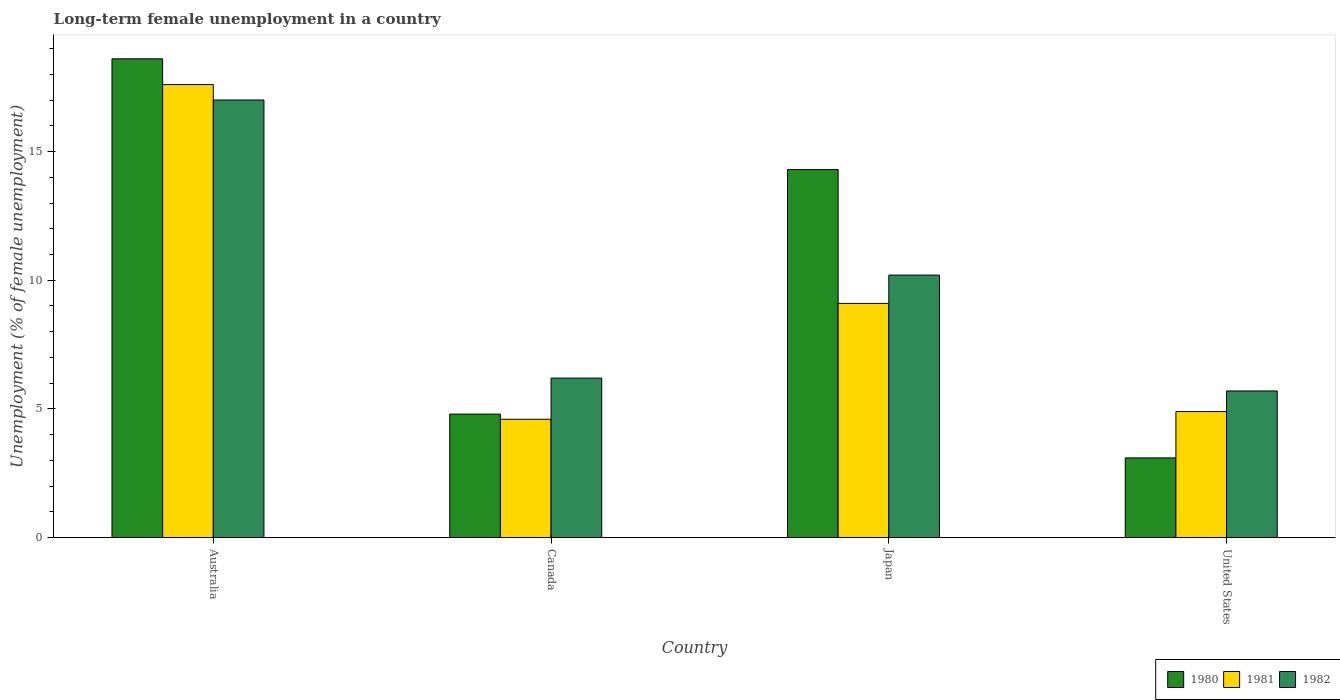
| Country | 1980 | 1981 | 1982 |
 | --- | --- | --- | --- |
 | Australia | 18.6 | 17.6 | 17 |
 | Canada | 4.8 | 4.6 | 6.2 |
 | Japan | 14.3 | 9.1 | 10.2 |
 | United States | 3.1 | 4.9 | 5.7 |